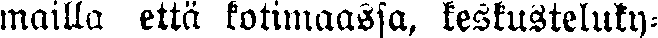
mailla että kotimaassa, keskusteluky-